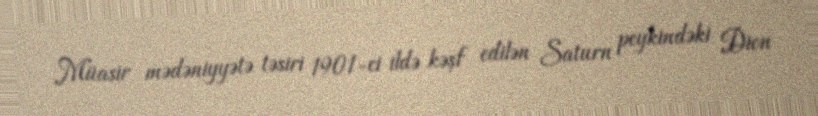
Müasir mədəniyyətə təsiri 1901-ci ildə kəşf edilən Saturn peykindəki Dion